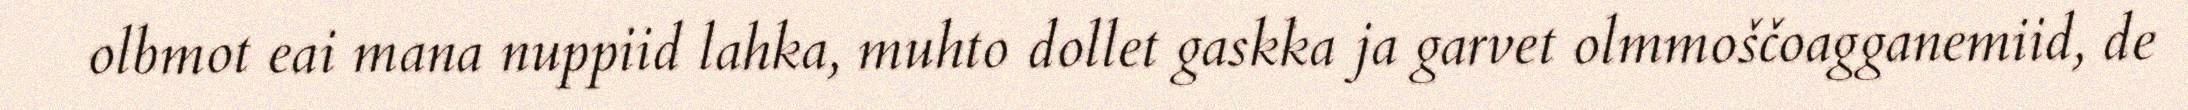
olbmot eai mana nuppiid lahka, muhto dollet gaskka ja garvet olmmoščoagganemiid, de